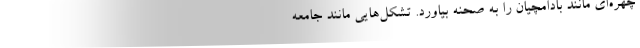
چهره‌ای مانند بادامچیان را به صحنه بیاورد. تشکل‌هایی مانند جامعه